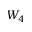
W _ { 4 }